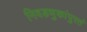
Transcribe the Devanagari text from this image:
निवडणुकांपुरतं